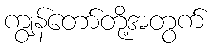
ကျွန်တော်တို့အတွက်